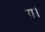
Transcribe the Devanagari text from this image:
ग़।